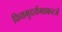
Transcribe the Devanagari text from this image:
दिव्यमुदर्यमाकरजं